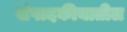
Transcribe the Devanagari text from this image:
संपादकीयातील